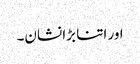
اور اتنا بڑا نشان۔